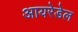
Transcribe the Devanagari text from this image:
आयरेडेल